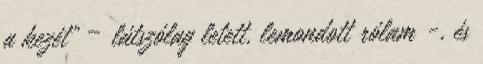
a kezét” – látszólag letett, lemondott rólam -, és